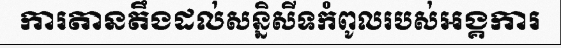
ការតានតឹងដល់សន្និសីទកំពូលរបស់អង្គការ